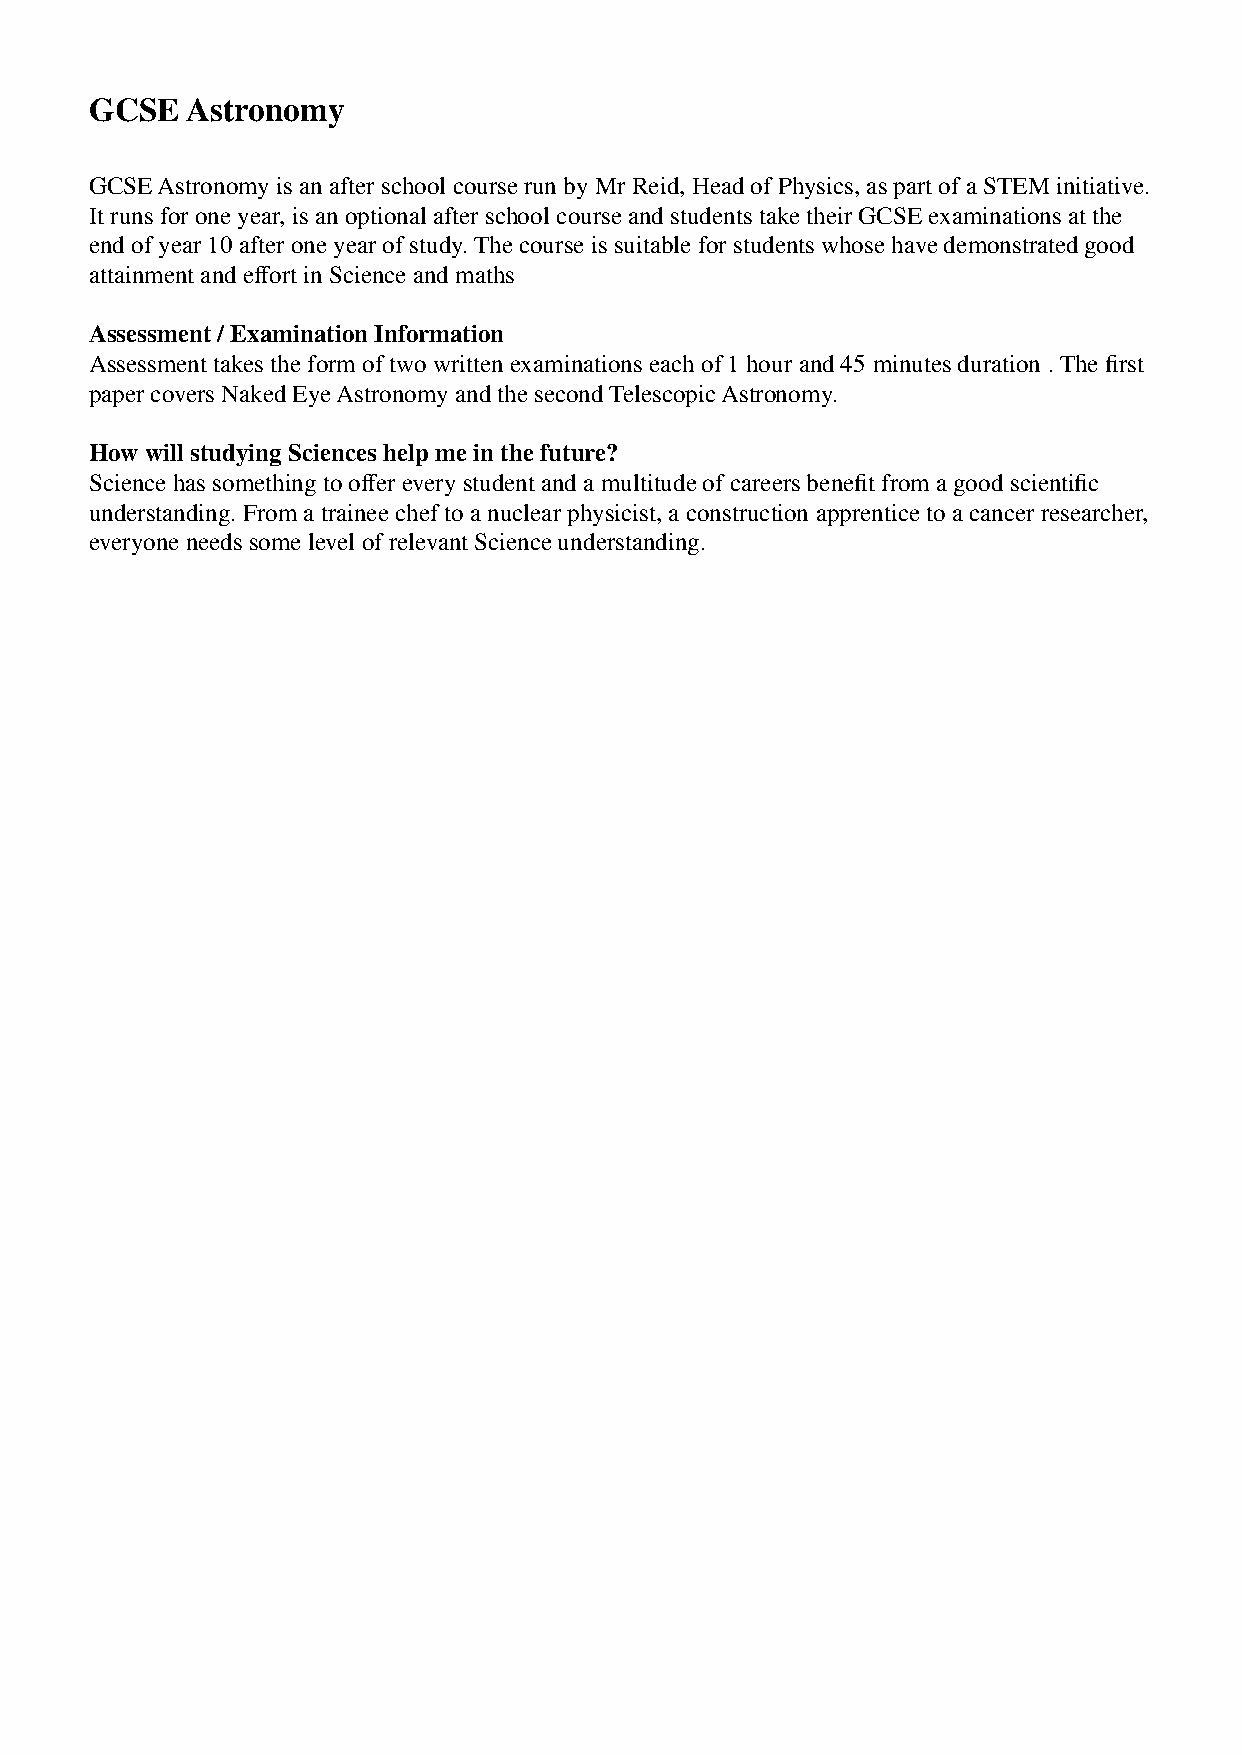
GCSE  Astronomy
 GCSE Astronomy is an after school course run by Mr Reid, Head of Physics, as part of a STEM initiative.
 It runs for one year, is an optional after school course and students take their GCSE examinations at the
 end of year 10 after one year of study. The course is suitable for students whose have demonstrated good
 attainment and effort in Science and maths
 Assessment / Examination Information
 Assessment takes the form of two written examinations each of 1 hour and 45 minutes duration . The first
 paper covers Naked Eye Astronomy and the second Telescopic Astronomy.
 How will studying Sciences help me in the future?
 Science has something to offer every student and a multitude of careers benefit from a good scientific
 understanding. From a trainee chef to a nuclear physicist, a construction apprentice to a cancer researcher,
 everyone needs some level of relevant Science understanding.